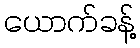
ယောက်ခန့်